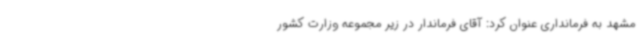
مشهد به فرمانداری عنوان کرد: آقای فرماندار در زیر مجموعه وزارت کشور